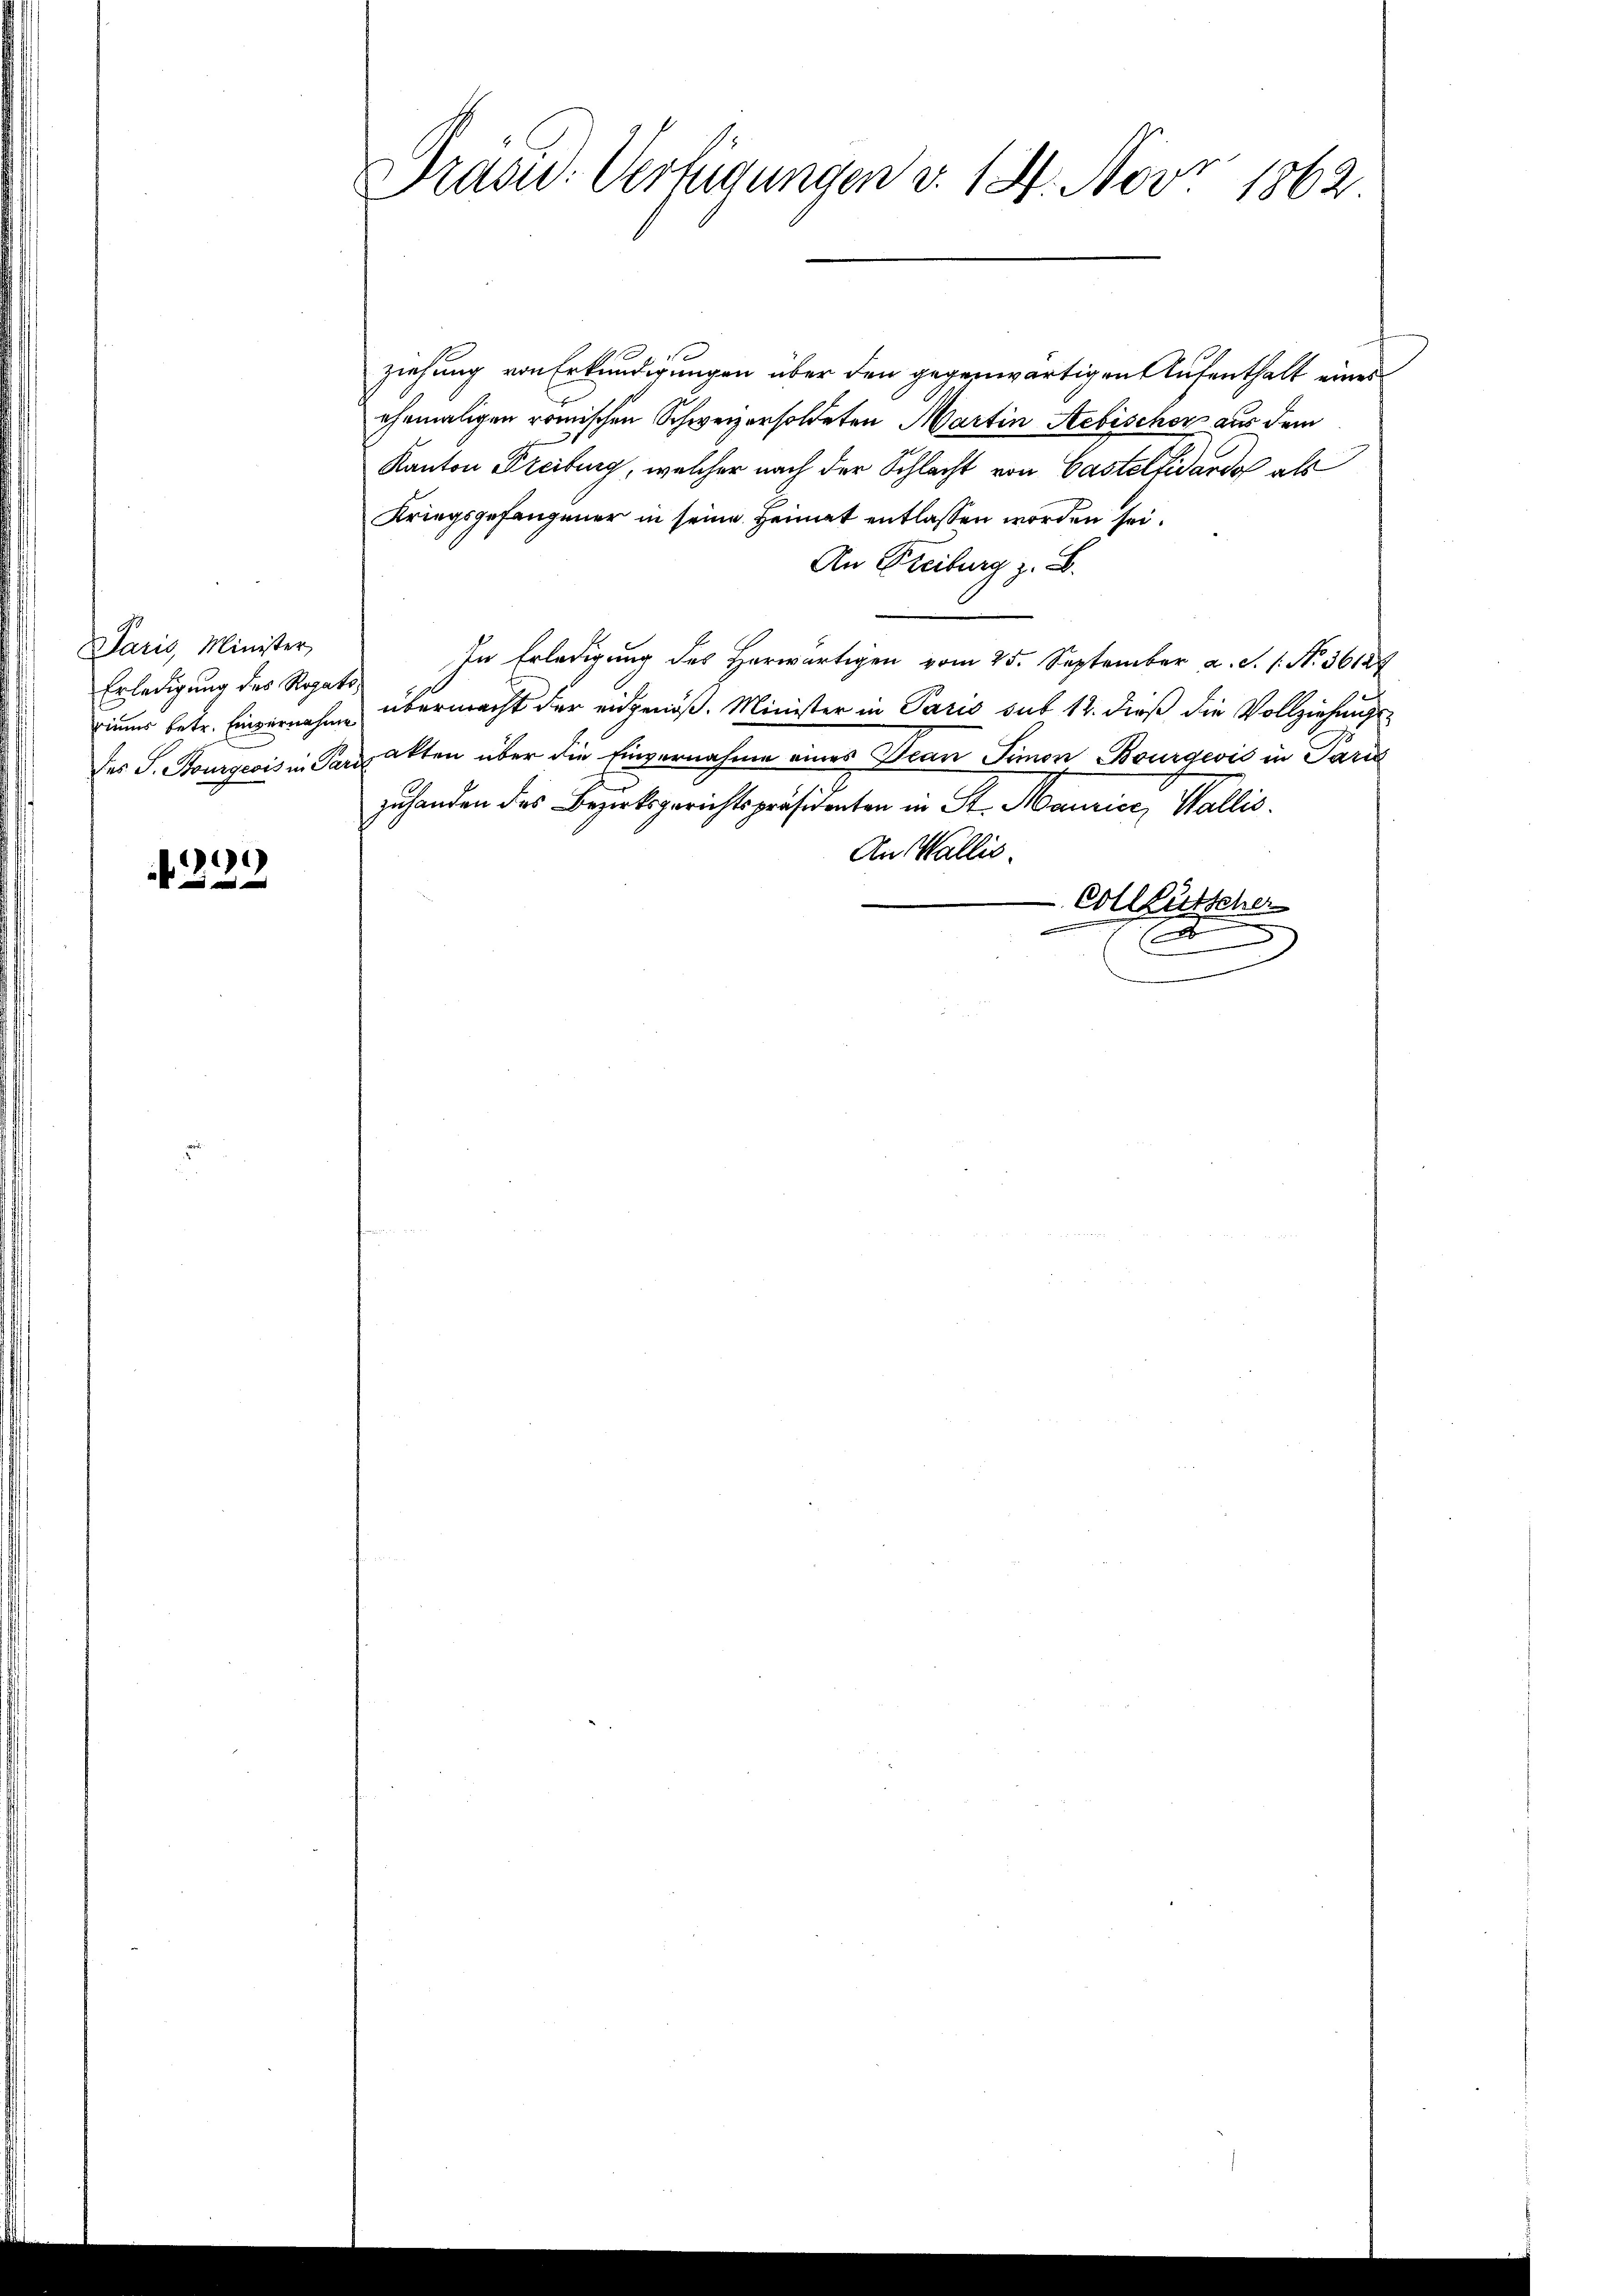
Paris, Minister,
Erledigung des Rogato¬

229

Prase Verfügungen v. 18. Nov. 1862

ziehung von Erkundigungen über den gegenwärtigen Aufenthalt eines
ehemaligen römischen Schweizersoldeten Martin Aebischer aus dem
Kanton Freiburg, welcher nach der Schlacht von Castellidardo als
Kriegsgefangener in seine Heimat entlassen worden sei.
An Freiburg z. B.
In Erledigung des Herwärtigen vom 25. September a. S. 1. N. 36124
iums betr. Einvernahme übermacht der eidgenöß. Minister in Paris sub 12. dieß die Vollziehungs¬
Des J. Stourgeois in Parakten über die Einvernahme eines Dran Simon Bourgeois in Parić
zuhanden des Bezirksgerichtspräsidenten in St. Maurice, Wallis.
An Wallis.
-Collgütscher